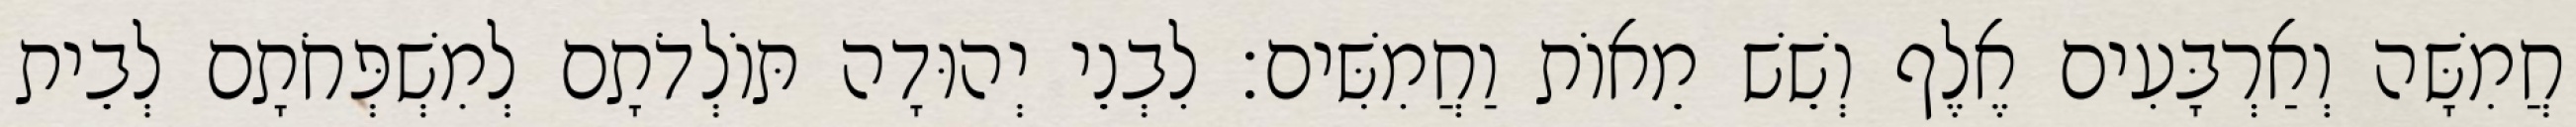
חֲמִשָּׁה וְאַרְבָּעִים אֶלֶף וְשֵׁשׁ מֵאוֹת וַחֲמִשִּׁים׃ לִבְנֵי יְהוּדָה תּוֹלְדֹתָם לְמִשְׁפְּחֹתָם לְבֵית